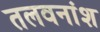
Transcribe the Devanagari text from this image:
तलवनांश